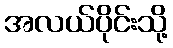
အလယ်ပိုင်းသို့